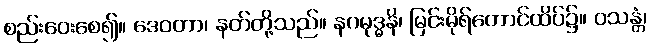
စည်းဝေးစေ၍။ ဒေဝတာ၊ နတ်တို့သည်။ နဂမုဒ္ဓနိ၊ မြင်းမိုရ်တောင်ထိပ်၌။ ဝသန္တံ၊